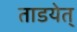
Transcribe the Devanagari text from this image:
ताडयेत्